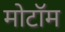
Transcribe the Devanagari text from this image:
मोटॉम